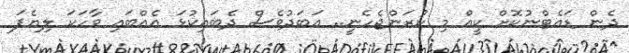
ދެން ޑައެޓްނުކޮށް ކީއް މި ކުރަންޖެހެނީ.. އަބަދުވެސް ދެބައިކުޅަ އެއްބައި ވާހަކަ ލިޔެފަ